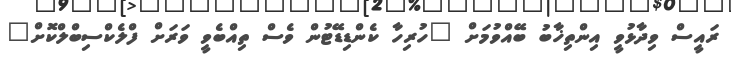
ރައީސް ވިދާޅުވީ އިންތިޚާބު ބޭއްވުމަށް "ހުރިހާ ކެންޑިޑޭޓުން ވެސް ތިއްބެވީ ވަރަށް ފްލެކްސިބްލްކޮށް"